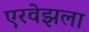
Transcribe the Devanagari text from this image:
एरवेझला